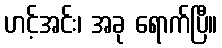
ဟင့်အင်း၊ အခု ရောက်ပြီ။